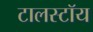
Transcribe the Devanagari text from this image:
टालस्टॉय